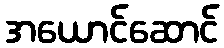
အယောင်ဆောင်